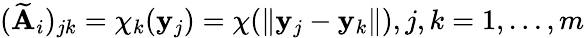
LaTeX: (\mathbf{\widetilde{A}}_{i})_{jk}=\chi_{k}(\mathbf{y}_{j})=\chi(\| \mathbf{y}_{j}-\mathbf{y}_{k}\| ),j,k=1,\dots,m